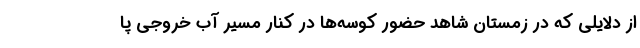
از دلایلی که در زمستان شاهد حضور کوسه‌ها در کنار مسیر آب خروجی پا